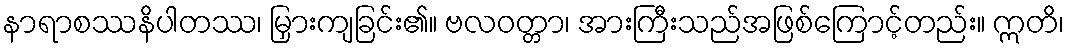
နာရာစဿနိပါတဿ၊ မြှားကျခြင်း၏။ ဗလဝတ္တာ၊ အားကြီးသည်အဖြစ်ကြောင့်တည်း။ ဣတိ၊